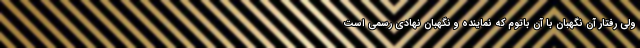
ولي رفتار آن نگهبان با آن باتوم كه نماينده و نگهبان نهادی رسمي است